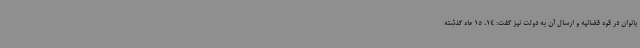
بانوان در قوه قضائیه و ارسال آن به دولت نیز گفت: 14، 15 ماه گذشته